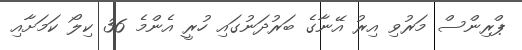
ޕްރިންސް މަރުވި އިރު އޭނާގެ ބަރުދަނުގައި ހުރީ އެންމެ 36 ކިލޯ ކަމަށާއި